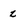
Character: z